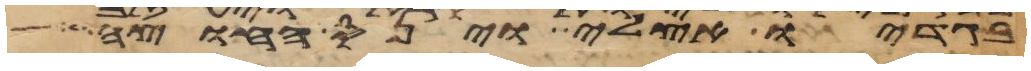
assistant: בגדיו אצלי וינס החוצה